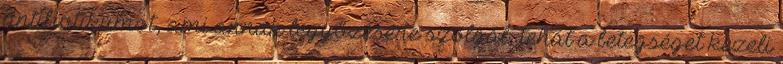
antibiotikumot, ami annak legyőzésére szolgál, tehát a betegséget kezeli